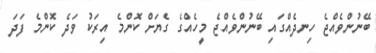
ބޭނުންވެއްޖެ ހިނދެއްގައި ބޭނުންވެއްޖެ މީހެއްގެ ގެޔަށް ކޮންމެ އިރަކު ވަދެ ކޮންމެ ފަދަ